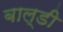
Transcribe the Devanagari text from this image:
बाल्डी